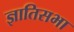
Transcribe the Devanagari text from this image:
ज्ञातिसभा